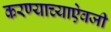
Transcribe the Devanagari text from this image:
करण्याच्याऐवजी